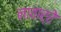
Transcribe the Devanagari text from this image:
नावार्रे